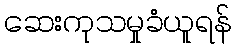
ဆေးကုသမှုခံယူရန်